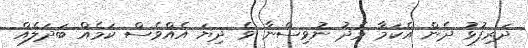
ދަރިފުޅު ދެން އެކަމާ މެދު ނުވިސްނާ ވެ ދިޔަ އެއްވެސް ކަމެއް ބަދަލެއް